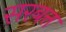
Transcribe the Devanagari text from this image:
सरबत्त